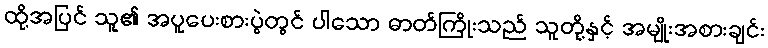
ထို့အပြင် သူ၏ အပူပေးစားပွဲတွင် ပါသော ဓာတ်ကြိုးသည် သူတို့နှင့် အမျိုးအစားချင်း